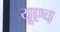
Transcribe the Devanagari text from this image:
यूएच